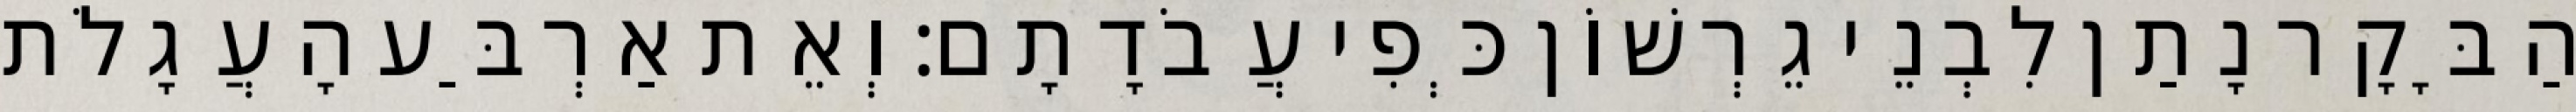
הַבָּקָר נָתַן לִבְנֵי גֵרְשׁוֹן כְּפִי עֲבֹדָתָם׃ וְאֵת אַרְבַּע הָעֲגָלֹת